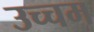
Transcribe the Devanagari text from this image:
उच्चम